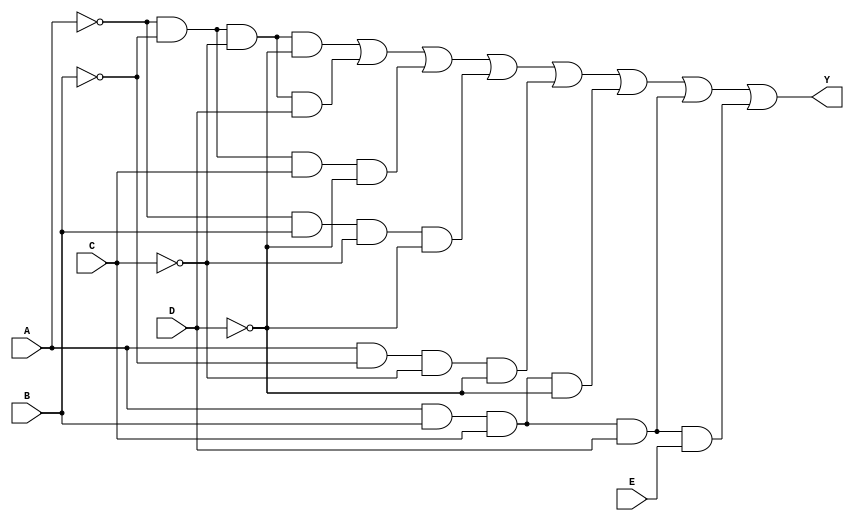
module five_variable_kmap (
    input wire A,  // Input variable A
    input wire B,  // Input variable B
    input wire C,  // Input variable C
    input wire D,  // Input variable D
    input wire E,  // Input variable E
    output wire Y  // Output variable Y
);

// K-map simplification derived expression
// Example expression: Y = A'B'C'D' + A'B'C'D + A'B'CD' + A'BC'D' + AB'C'D' + ABC'D + ABCDE' + ABCDE
// This is just an example; you should replace it with the actual simplified expression from your K-map.

assign Y = (~A & ~B & ~C & ~D) |  // Cell 0
           (~A & ~B & ~C & D)  |  // Cell 1
           (~A & ~B & C & ~D)  |  // Cell 2
           (~A & B & ~C & ~D)   | // Cell 4
           (A & ~B & ~C & ~D)   | // Cell 8
           (A & B & C & ~D)     | // Cell 14
           (A & B & C & D)      | // Cell 30
           (A & B & C & D & E);  // Cell 31

endmodule